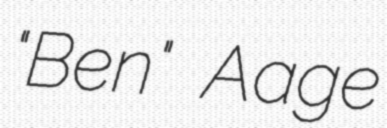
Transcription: "Ben" Aage